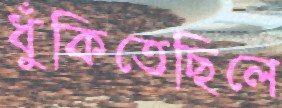
ধুঁকিতেছিলে